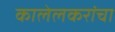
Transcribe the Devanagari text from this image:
कालेलकरांचा